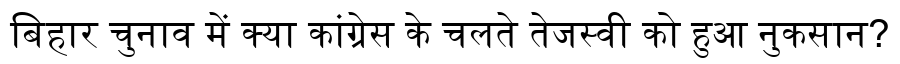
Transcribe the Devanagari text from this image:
बिहार चुनाव में क्या कांग्रेस के चलते तेजस्वी को हुआ नुकसान?